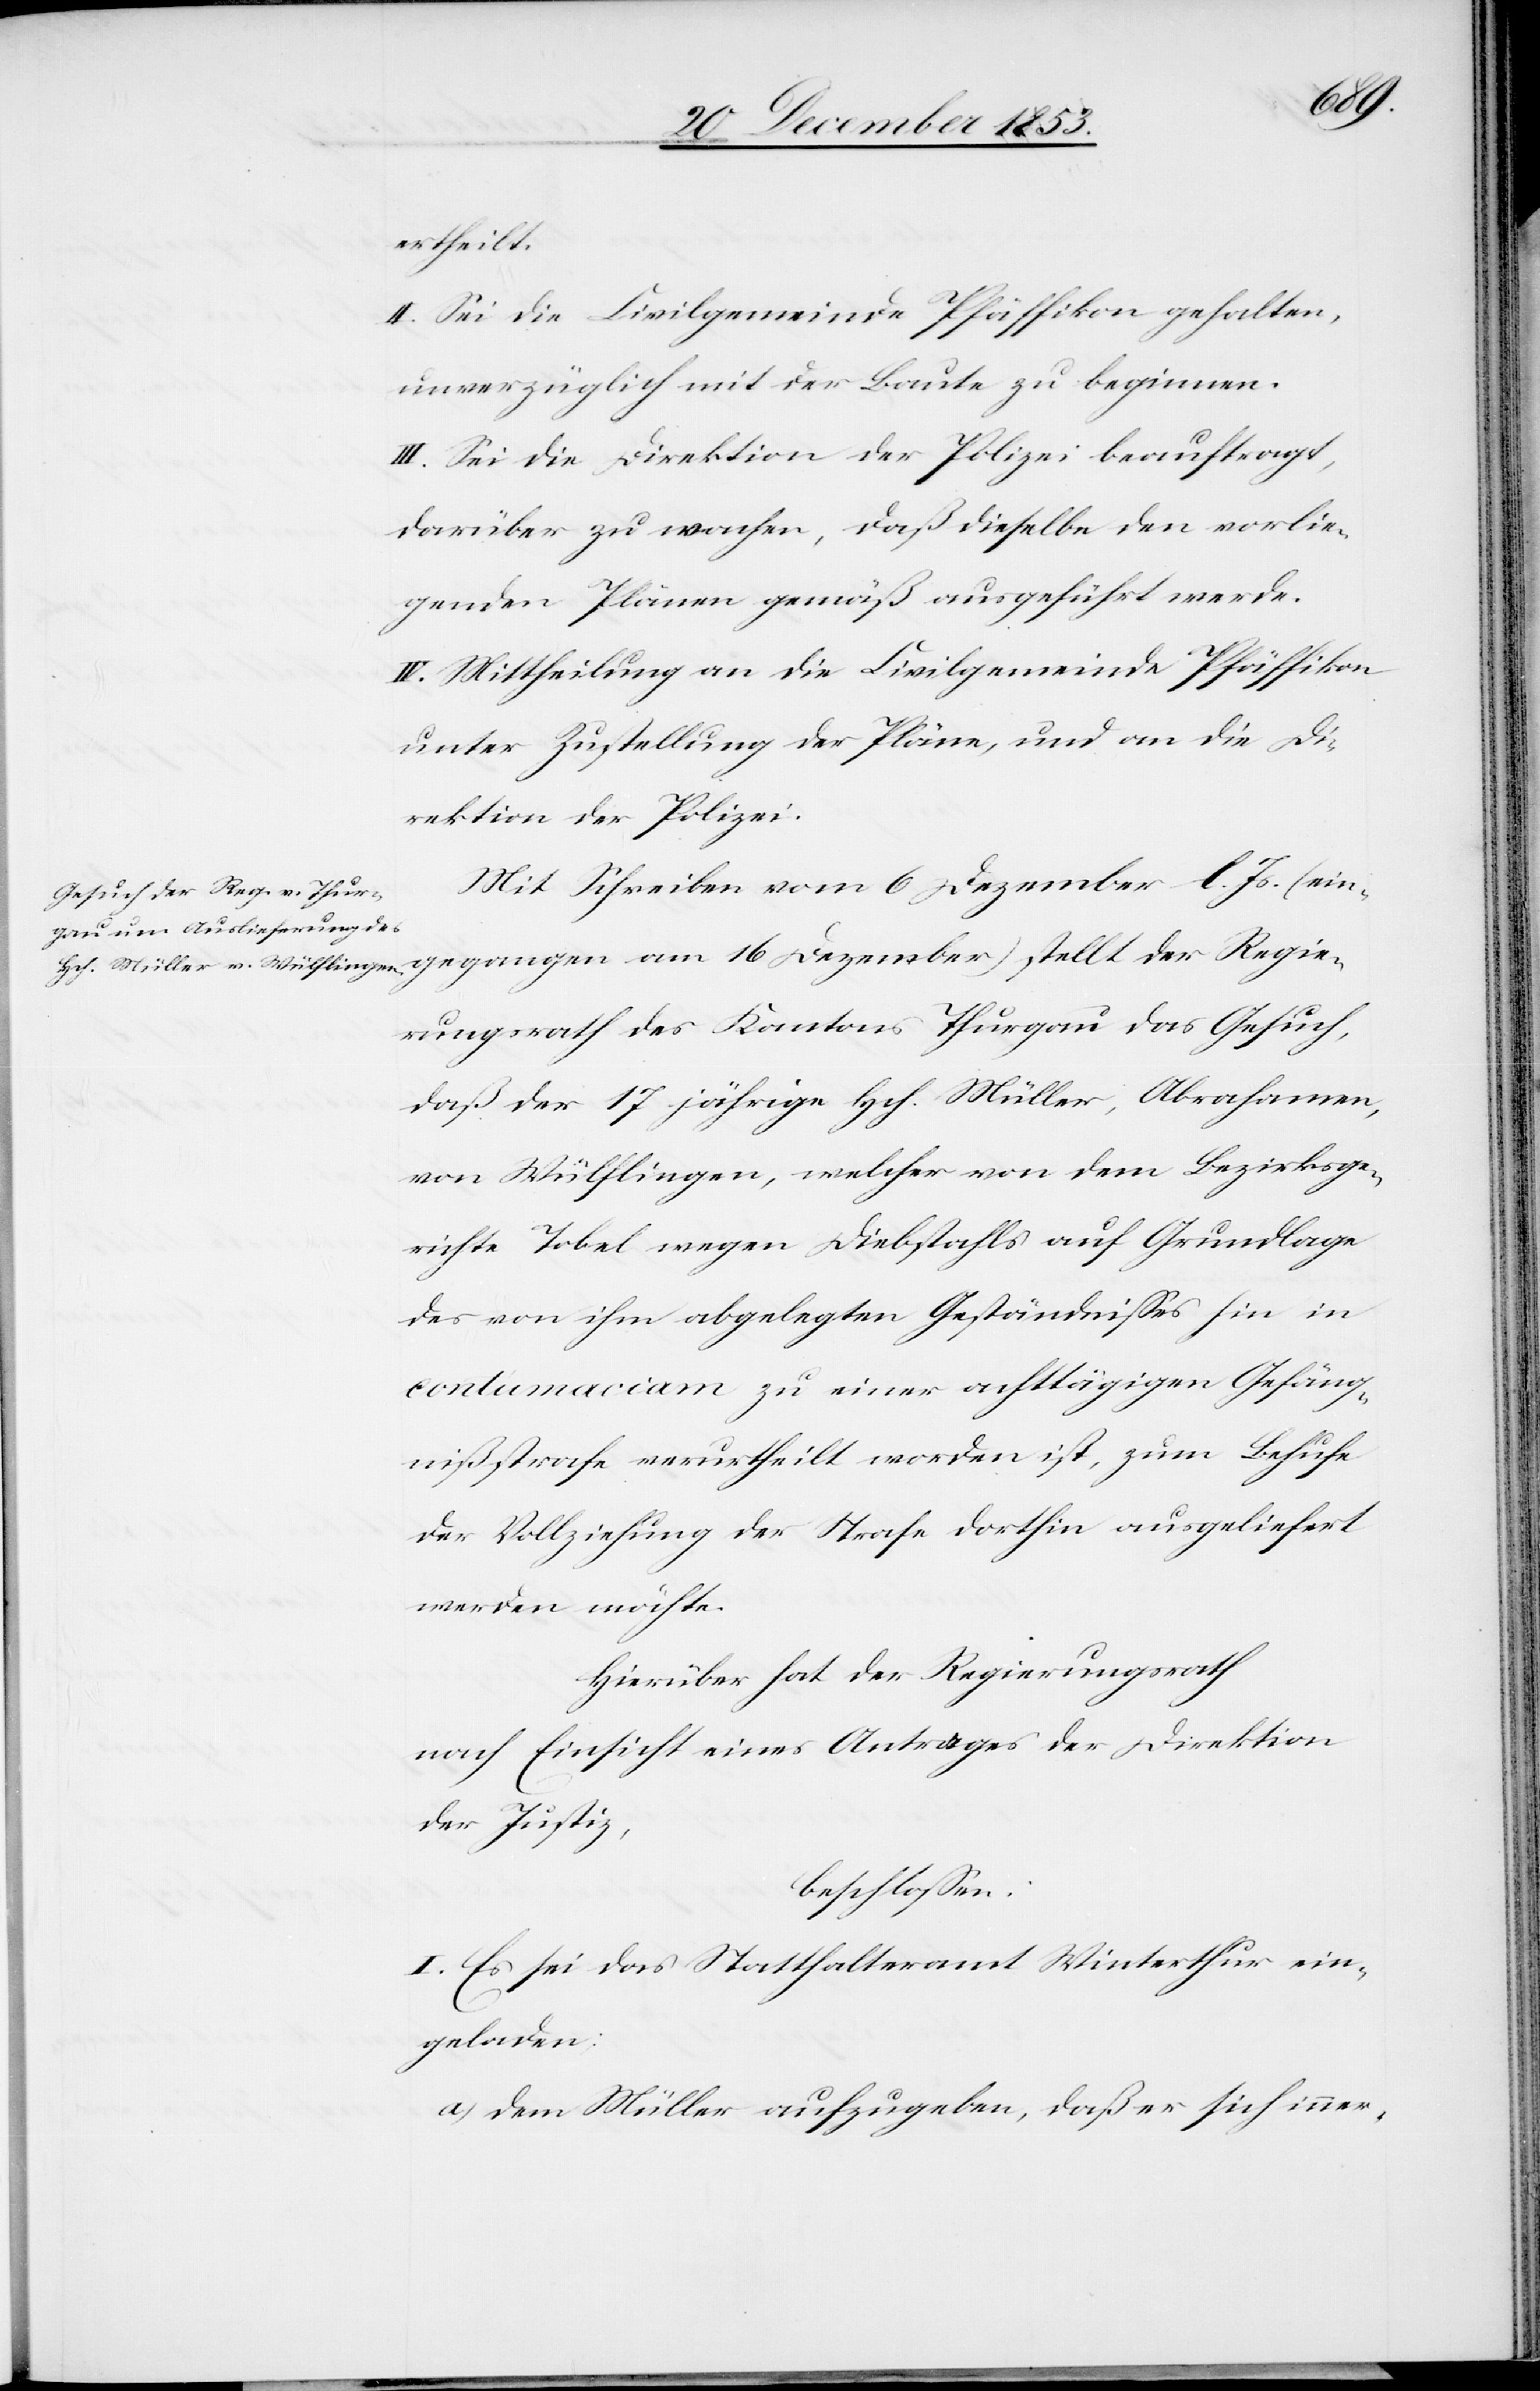
Regi¬
ertheilt.
II. Sei die Civilgemeinde Pfäffikon gehalten,
unverzüglich mit der Baute zu beginnen.
III. Sei die Direktion der Polizei beauftragt,
darüber zu wachen, daß dieselbe den vorlie¬
genden Plänen gemäß ausgeführt werde.
IV. Mittheilung an die Civilgemeinde Pfäffikon
unter Zustellung der Pläne, und an die Di¬
rektion der Polizei.
Mit Schreiben vom 6 Dezember l. Js. (ein¬
erungsrath des Kantons Thurgau das Gesuch,
daß der 17 jährige Hch. Müller, Abrahamen,
von Wülflingen, welcher von dem Bezirksge¬
richte Tobel wegen Diebstahls auf Grundlage
des von ihm abgelegten Geständnißes hin in
contumaciam zu einer achttägigen Gefäng¬
nisstrafe verurtheilt worden ist, zum Behufe
der Vollziehung der Strafe dorthin ausgeliefert
werden möchte.
Hierüber hat der Regierungsrath
nach Einsicht eines Antrages der Direktion
der Justiz,
beschloßen:
I. Es sei das Statthalteramt Winterthur ein¬
geladen:
a) dem Müller aufzugeben, daß er sich inner-